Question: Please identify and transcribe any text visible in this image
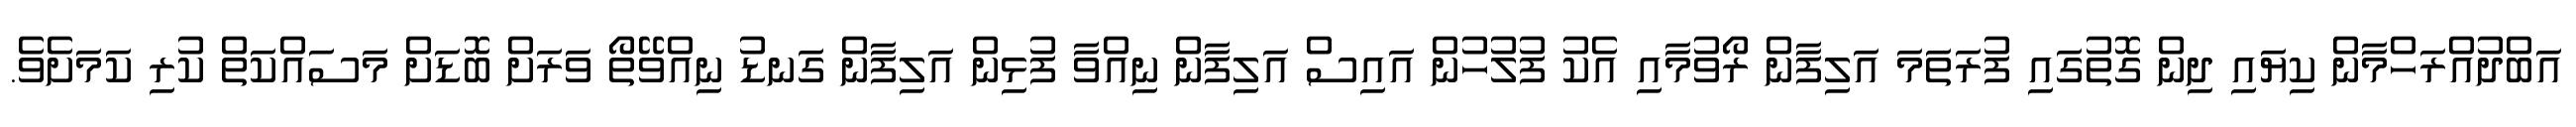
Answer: އަބްދުއްރަހްމާން ކިޔައި ދިން ގޮތުގައި ފުރަތަމަ އަލިފާން ރޯވުމާއި އެކު ފުލުހުން އައިސް އަލިފާން ނިއްވާ ފުޅިން އަލިފާން ގަނޑު ނިއްވޭތޯ ވަރަށް ބޮޑަށް މަސައްކަތް ކުރި ކަމަށެވެ.